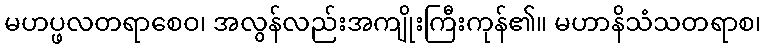
မဟပ္ဖလတရာစေဝ၊ အလွန်လည်းအကျိုးကြီးကုန်၏။ မဟာနိသံသတရာစ၊